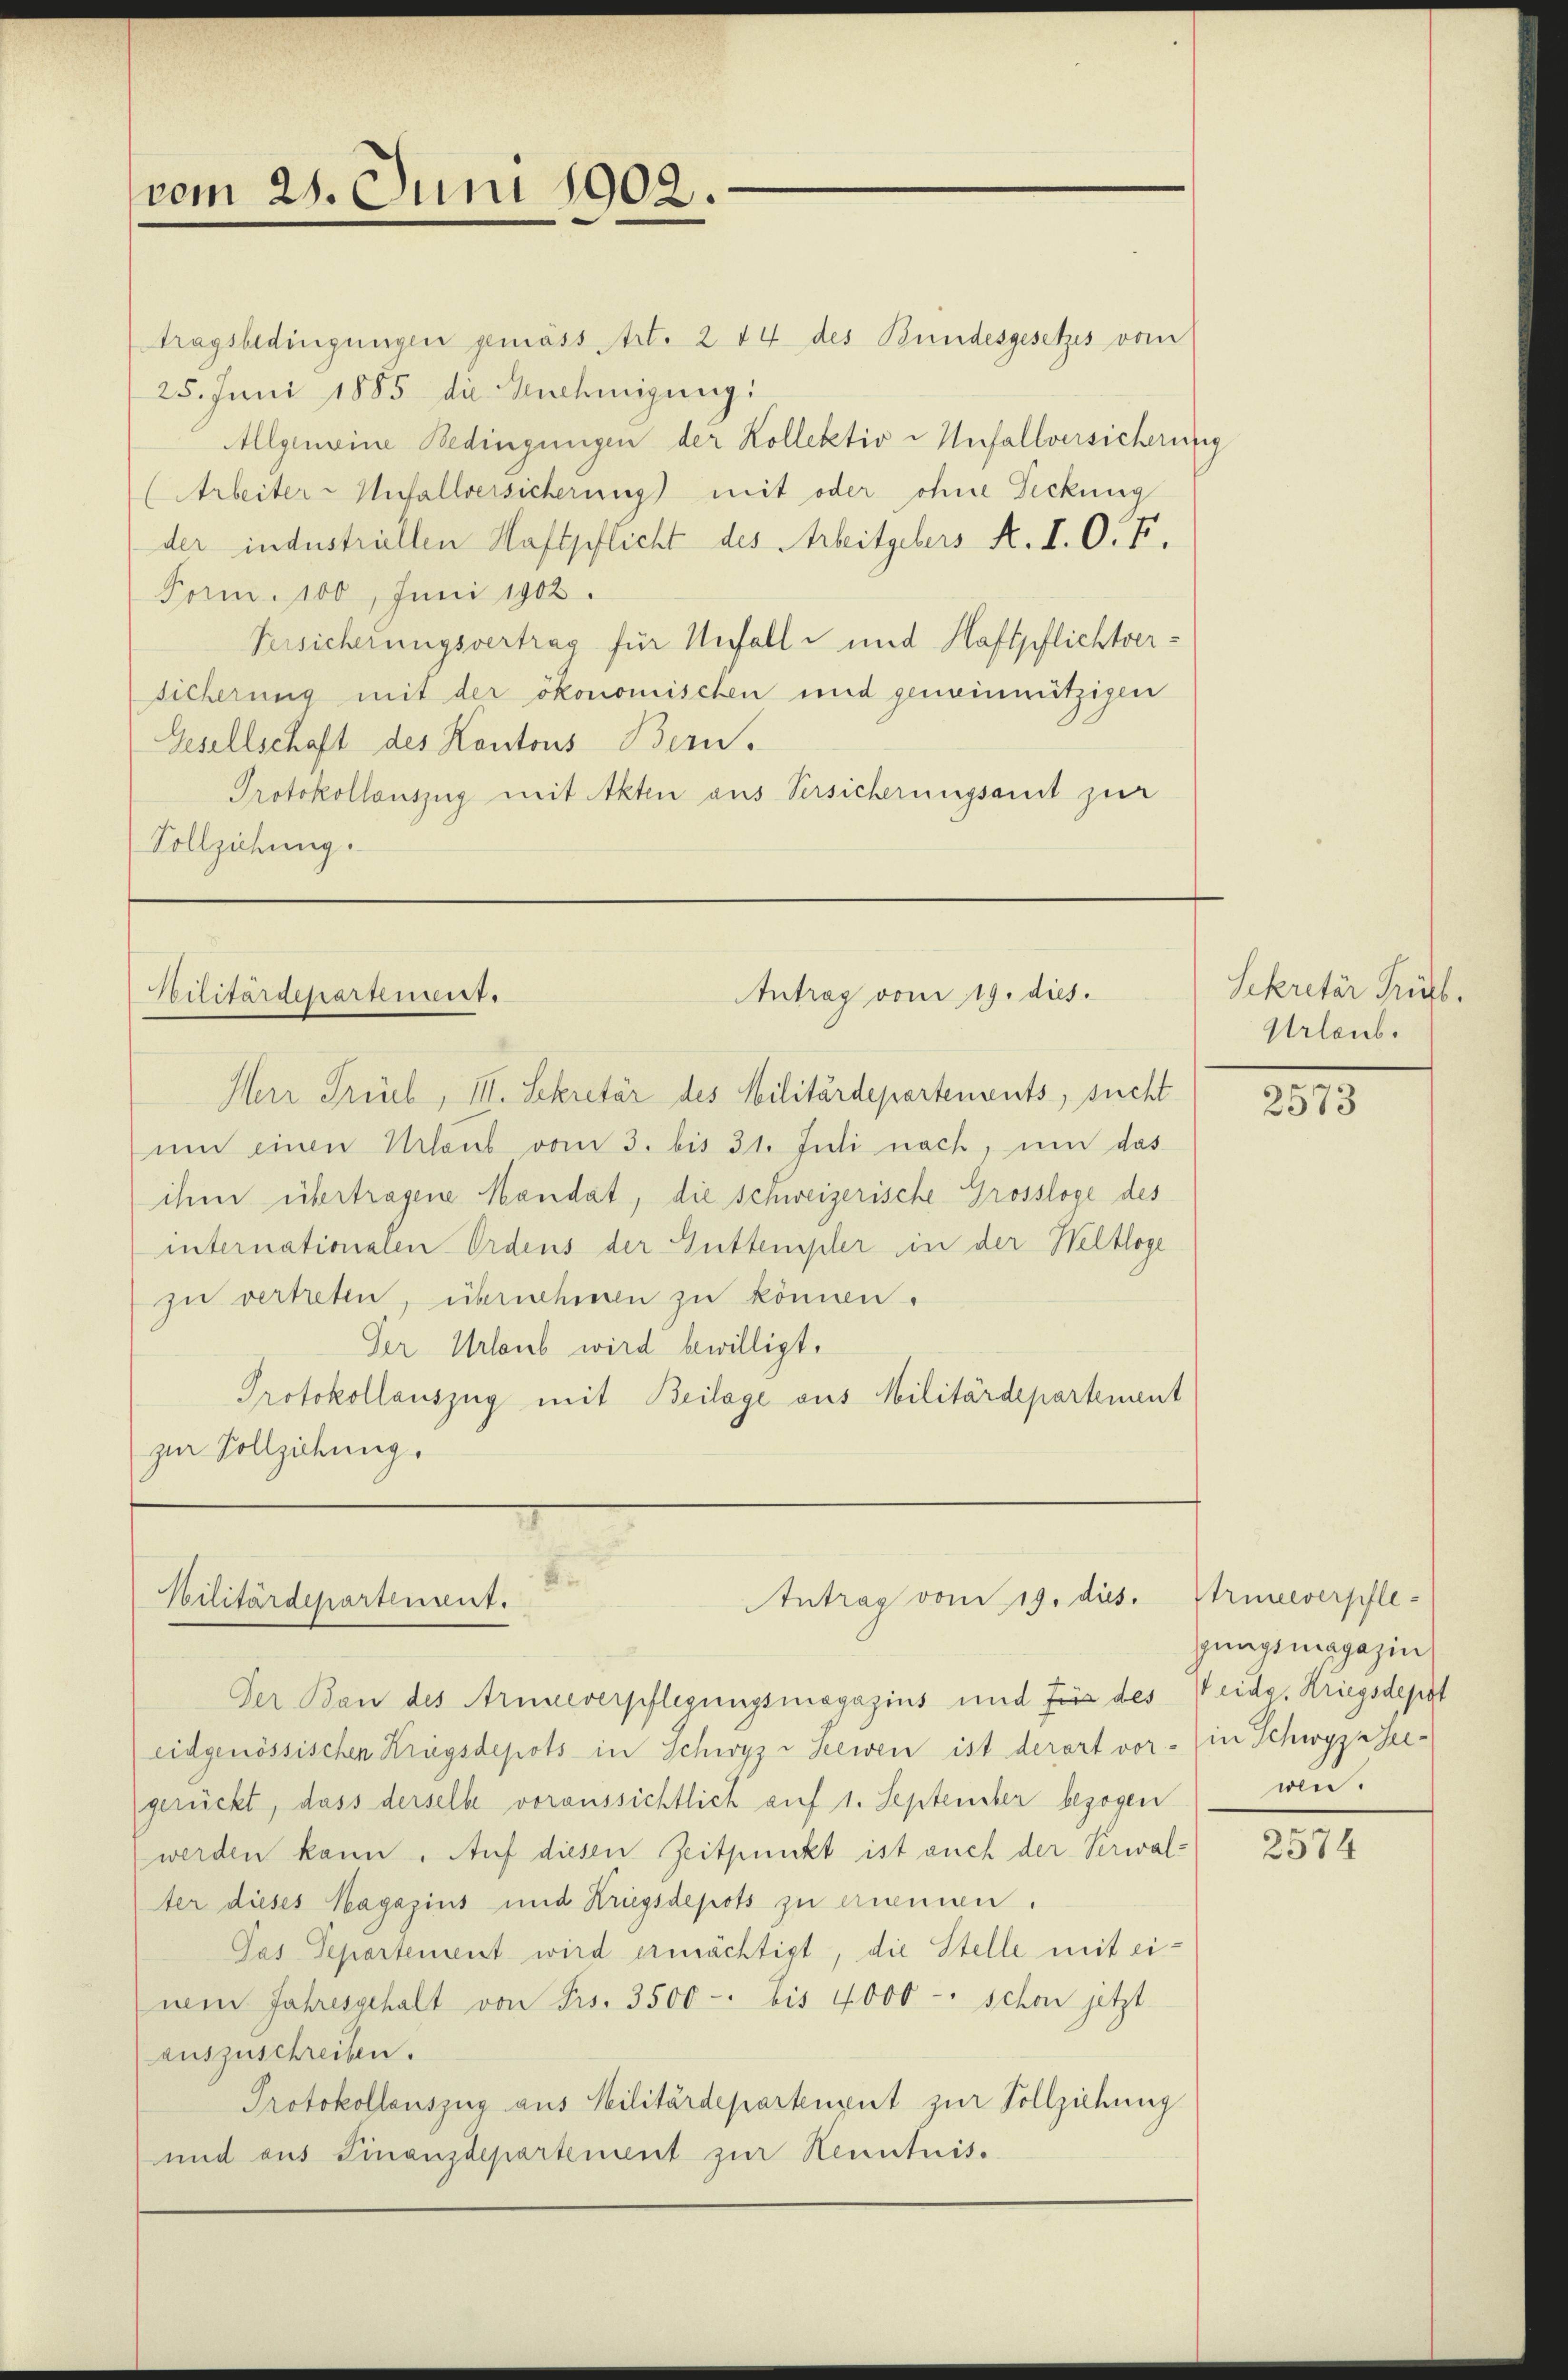
vom 21. Juni 1902.

tragsbedingungen gemäss Art. 214 des Bundesgesetzes vom
25. Juni 1885 die Genehmigung:
Allgemeine Bedingungen der Kollektiv Unfallversicherun
(Arbeiter-Unfallversicherung) mit oder ohne Deckung
der industriellen Haftpflicht des Arbeitgebers A. I. O. F.
Form. 100 Juni 1902.
Versicherungsvertrag für Unfalle und Haftpflichtversicherung mit der ökonomischen und geneinnützigen
Gesellschaft des Kantons Bern.
Protokollauszug mit Akten aus Versicherungsamt zur
Vollziehung.

Antrag vom 19. dies.
Sbilitärdepartement.

Herr Prüel, III. Sekretär des Militärdepartenants, sucht
um einen Urlaub vom 3. bis 31. Juli nach, um das
ihm übertragene Mandat, die Schweizerische Grossloge des
internationalen Ordens der Guttempler in der Weltloge
zu verteten, übernehmen zu können.
Der Urlaub wird bewilligt.
Protokollauszug mit Beilage aus Militärdepartement
zur Vollziehung.

d
Antrag vom 19. dies.
Bilitärdepartement.

Der Bau des Ariceverpflegungsmagazins und Förs des Weidg. Kriegsdepot
eidgenössischen Krügsdepots in Schwyz u Seewen ist derart vor in Schwyz sei-
gerückt, dass derselbe voraussichtlich auf 1. September bezogen
werden kann. Auf diesen Zeitpunkt ist auch der Verwal-
ter dieses Magazins und Kriegsdepots zu ernennen.
Jas Departement wird ermächtigt, die Stelle mit einem Jahresgehalt von Frs. 3500 - bis 4000 -: schon jetzt
auszuschreiben.
Protokollauszug aus Militärdepartengut zur Vollziehung
und aus Finanzdepartement zur Kenntnis.

g

Sekretär Frl.
Urlaub.

2573

Uriceverpflegungsmagazin
wen.

2574